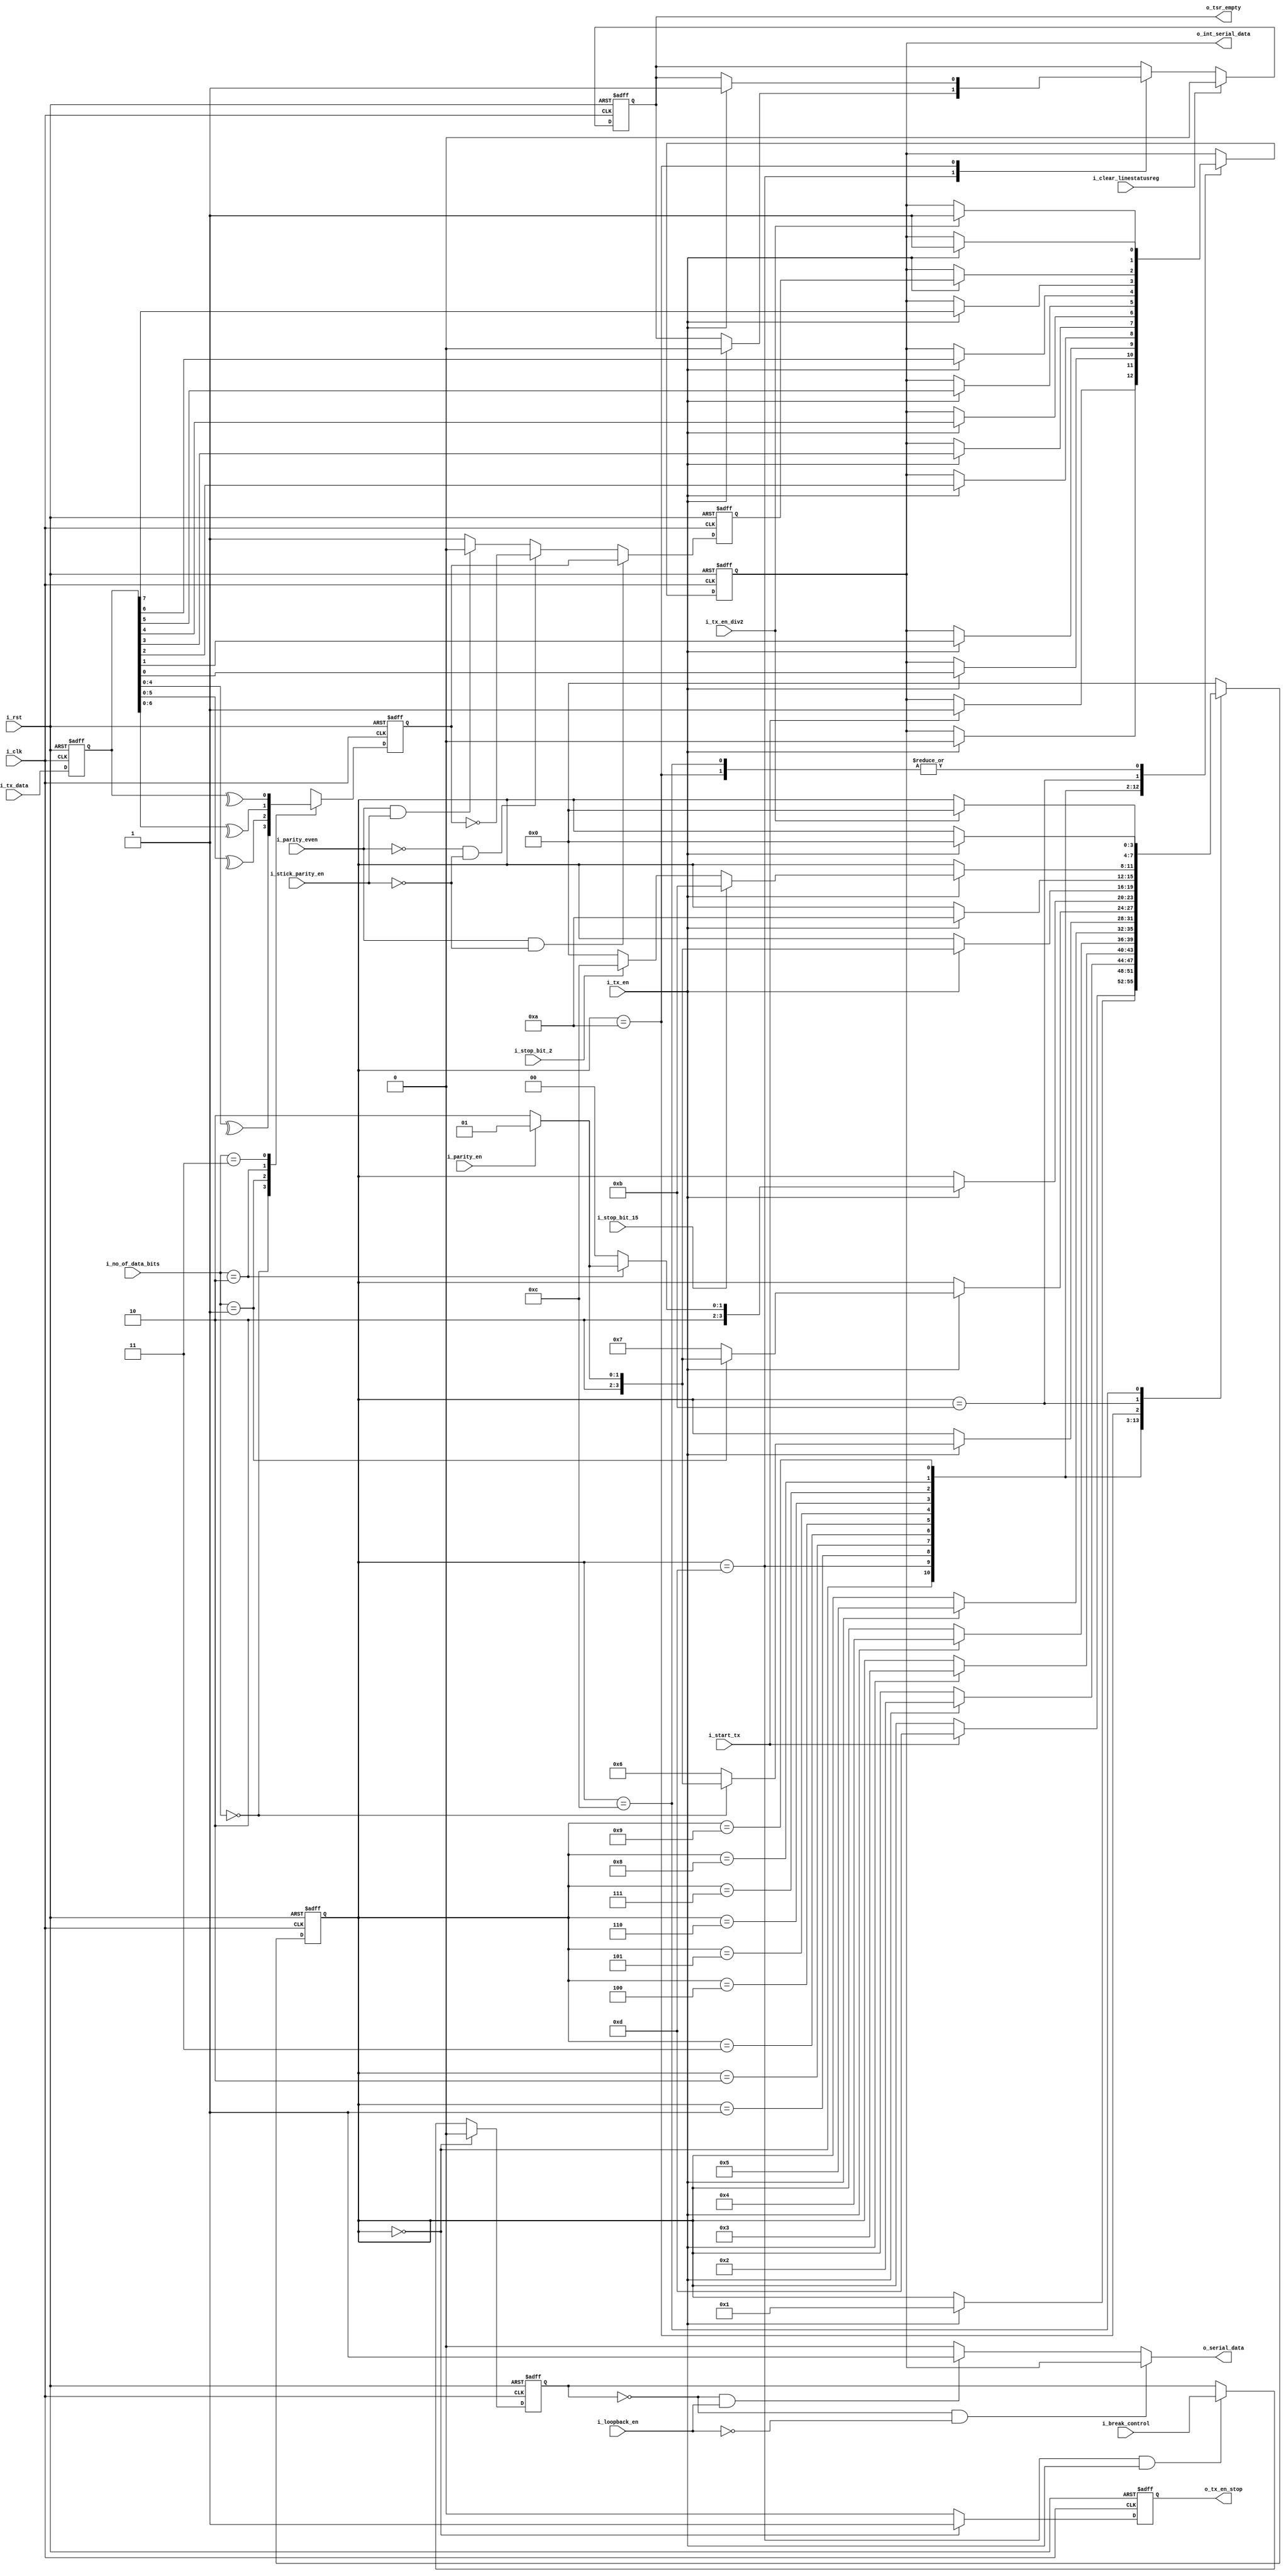
//////////////////////////////////////////////////////////////////////
// @BRIEF: uart_tx_fsm.v
//////////////////////////////////////////////////////////////////////

module uart_tx_fsm(
    // System clock 
    // asynchronous active high reset 
    input wire        i_clk,
    input wire        i_rst,
    //Tx data from CPU    
    input wire [7:0]  i_tx_data,
    //Tx FSM Control signal from Master Controller
    input wire        i_start_tx,
    input wire        i_tx_en,
    input wire        i_tx_en_div2,
    input wire        i_break_control,
    output reg        o_tx_en_stop,
    //Tx configurations from Master Controller       
    input wire        i_loopback_en,
    input wire        i_stop_bit_15,
    input wire        i_stop_bit_2,
    input wire        i_parity_even,
    input wire        i_parity_en,               
    input wire [1:0]  i_no_of_data_bits,  
    input wire        i_stick_parity_en,
    input wire        i_clear_linestatusreg,
    //Transmit shift register empty
    output wire       o_tsr_empty,
    //Int serial data for loopback purpose
    output wire       o_int_serial_data,
    //Serial data out to MODEM    
    output wire       o_serial_data
    );

    parameter [3:0]/*synopsys enum state_info*/ IDLE_STATE        = 4'b0000,
                   START_GEN_STATE   = 4'b1101,
                   Tx_1BIT_STATE     = 4'b0001,
                   Tx_2BIT_STATE     = 4'b0010,
                   Tx_3BIT_STATE     = 4'b0011,
                   Tx_4BIT_STATE     = 4'b0100,
                   Tx_5BIT_STATE     = 4'b0101,
                   Tx_6BIT_STATE     = 4'b0110,
                   Tx_7BIT_STATE     = 4'b0111,
                   Tx_8BIT_STATE     = 4'b1000,
                   ADD_PARITY_STATE  = 4'b1001,
                   STOP_GEN1_STATE   = 4'b1010,
                   STOP_GEN15_STATE  = 4'b1011,
                   STOP_GEN2_STATE   = 4'b1100;
    
    //Internal signals 
    reg [3:0] /*synopsys enum state_info*/  state; /*synopsys enum state_vector state*/
    reg [7:0]                        tx_data;
    reg                              parity_bit;
    reg                              check_bit;
    reg                              serial_data;
    reg                              break_control_en;
    reg                              tsr_empty;
    
    //synchronizer
    always @(posedge i_clk or posedge i_rst) begin
        if(i_rst) begin           
            tx_data         <= 8'b0;
        end else begin
            tx_data         <= i_tx_data;
        end 
    end // always @ (posedge i_clk or posedge i_rst)

    //Transmit Shift register empty signal generation
    assign o_tsr_empty = tsr_empty;

    always @(posedge i_clk or posedge i_rst) begin
        if(i_rst)  begin
            tsr_empty <= 1'b1;
        end else begin
            //Cleared on line status clear request
            if (i_clear_linestatusreg) begin
                tsr_empty <= 1'b0;
            end else begin                
                case(state)
                    //START GEN indicates that TSR is no longer empty
                    START_GEN_STATE :
                        if(i_tx_en)
                            tsr_empty <= 1'b0;
                    //ALL DATA in TSR has been flushed out once STOP GEN state has been reached 
                    STOP_GEN1_STATE :
                        if(i_tx_en)
                            tsr_empty <= 1'b1;
                    default :
                        tsr_empty <= tsr_empty;
                endcase
            end
        end 
    end // always @ (posedge i_clk or posedge i_rst)
    
    ////////////////////////////////////////////////////////////////
    // UART Tx FSM
    ////////////////////////////////////////////////////////////////
    
    always @(posedge i_clk or posedge i_rst) begin
        if(i_rst) begin
            state <= IDLE_STATE; 
            serial_data <= 1'b1;  
        end else begin
            case(state)
                //Wait for i_start_tx signal from UART Master Controller to begin 
                IDLE_STATE   : 
                    if(i_start_tx) begin
                        state <= START_GEN_STATE;
                        serial_data <= 1'b1;
                    end    
                
                START_GEN_STATE :
                    if(i_tx_en) begin
                        state <= Tx_1BIT_STATE;
                        serial_data <= 1'b0;
                    end    
                
                Tx_1BIT_STATE     : 
                    if(i_tx_en) begin
                        state <= Tx_2BIT_STATE;
                        serial_data <= tx_data[0];
                    end                  
                
                Tx_2BIT_STATE     : 
                    if(i_tx_en) begin
                        state <= Tx_3BIT_STATE;
                        serial_data <= tx_data[1];
                    end 
                
                Tx_3BIT_STATE     :
                    if(i_tx_en) begin
                        state <= Tx_4BIT_STATE;
                        serial_data <= tx_data[2];
                    end
                
                Tx_4BIT_STATE     : 
                    if(i_tx_en) begin
                        state <= Tx_5BIT_STATE;
                        serial_data <= tx_data[3];
                    end
                
                //Check for no of bits in operation
                //If 5 bits, then check if parity is required else go to stop state                      
                Tx_5BIT_STATE     :
                    if(i_tx_en) begin
                        serial_data <= tx_data[4];                                      
                        if(i_no_of_data_bits == 2'b00) begin
                            if (i_parity_en) begin
                                state <= ADD_PARITY_STATE;
                            end else begin
                                state <= STOP_GEN1_STATE;
                            end 
                        end else begin
                            state <= Tx_6BIT_STATE;    
                        end
                    end // if (i_tx_en)
                
                //Check for no of bits in operation
                //If 6 bits, then check if parity is required else go to stop state 
                Tx_6BIT_STATE     :
                    if(i_tx_en) begin
                        serial_data <= tx_data[5];                                                                         
                        if(i_no_of_data_bits == 2'b01) begin
                            if (i_parity_en) begin
                                state <= ADD_PARITY_STATE;
                            end else begin
                                state <= STOP_GEN1_STATE;
                            end 
                        end else begin
                            state <= Tx_7BIT_STATE;
                        end
                    end // if (i_tx_en)
                
                //Check for no of bits in operation
                //If 7 bits, then check if parity is required else go to stop state                    
                Tx_7BIT_STATE     :
                    
                    if(i_tx_en) begin
                        serial_data <= tx_data[6];                                                                         
                        if(i_no_of_data_bits == 2'b10) begin
                            if (i_parity_en) begin
                                state <= ADD_PARITY_STATE;
                            end else begin
                                state <= STOP_GEN1_STATE;
                            end 
                        end else begin
                            state <= Tx_8BIT_STATE;                                      
                        end
                    end
                
                //Check if parity is required else go to stop state
                Tx_8BIT_STATE     :
                    if(i_tx_en) begin
                        serial_data <= tx_data[7];
                        if (i_parity_en) begin
                            state <= ADD_PARITY_STATE;
                        end else begin
                            state <= STOP_GEN1_STATE;
                        end
                    end   
                
                ADD_PARITY_STATE  :
                    if(i_tx_en) begin
                        serial_data <= parity_bit;
                        state <= STOP_GEN1_STATE;
                    end     
                
                //Check for no of stop bits required and proceed  
                STOP_GEN1_STATE   :
                    begin
                        if(i_tx_en) begin
                            serial_data <= 1'b1;
                            if (i_stop_bit_15) begin
                                state <= STOP_GEN15_STATE;
                            end else if(i_stop_bit_2) begin
                                state <= STOP_GEN2_STATE;
                            end else begin
                                state <= IDLE_STATE;
                            end
                        end   
                    end // case: STOP_GEN1_STATE
                
                STOP_GEN15_STATE :
                    if(i_tx_en_div2) begin
                        serial_data <= 1'b1;
                        state <= IDLE_STATE;
                    end    
                
                STOP_GEN2_STATE   :
                    if(i_tx_en) begin
                        serial_data <= 1'b1;
                        state <= IDLE_STATE; 
                    end    
                
                default           : 
                    state <= IDLE_STATE; 
                
                
            endcase
        end
    end // always @ (posedge i_clk or posedge i_rst)

    //////////////////////////////////////////////////////////
    //Break enable generation
    /////////////////////////////////////////////////////////
   
    always @(posedge i_clk or posedge i_rst) begin
        if(i_rst) begin
            break_control_en <= 1'b0;
        end else begin
           if(state == IDLE_STATE) begin
               break_control_en <= 1'b0;
            //Break Control is honoured only at the beginning of a fresh transmission
           end else if (state == START_GEN_STATE & i_tx_en) begin
               break_control_en <= i_break_control;
           end
        end // else: !if(i_rst)
    end // always @ (posedge i_clk or posedge i_rst)

    //If Break enabled then o_serial_data is driven Low
    assign o_serial_data = (!break_control_en & !i_loopback_en) ? serial_data :
                           (!break_control_en & i_loopback_en) ? 1'b1 :
                           (break_control_en & !i_loopback_en) ? 1'b0 :
                           1'b0;

    //For loopback purpose
    assign o_int_serial_data = serial_data;
    
    ////////////////////////////////////////////////////////// 
    //Tx enable logic
    //enable stopped when in Idle state and enabled once Tx_start is issued by master controller
    ////////////////////////////////////////////////////////// 
    always @(posedge i_clk or posedge i_rst) begin
        if(i_rst) begin
            o_tx_en_stop  <= 1'b0;
        end else begin
            case (state) 
                IDLE_STATE : begin
                    o_tx_en_stop <= 1'b1;
                end
                default : begin
                    o_tx_en_stop <= 1'b0;
                end
            endcase // case (state)
        end
    end // always @ (posedge i_clk or posedge i_rst)
          
    /////////////////////////////////////////////////////////////////////////////
    // Parity addition logic
    /////////////////////////////////////////////////////////////////////////////
    
    //coverage off
    //Coverage removed as this piece of code was generating very low UDP Expression coverage numbers
    //As its not practical to test XOR operations for all possible combinations of tx_data under different 
    //i_no_of_data_bits, this piece of code has been removed from coverage. 
        
    //Parity calculated using data bits
    always @(posedge i_clk or posedge i_rst)
        begin
            if(i_rst) 
                check_bit <= 1'b0;
            else 
                begin
                  case(i_no_of_data_bits)
                      //5 bit tx data..
                      2'b00 :
                          check_bit <= ^(tx_data[4:0]);
                      //6 bit tx data..
                      2'b01 :
                          check_bit <= ^(tx_data[5:0]);
                      //7 bit tx data..
                      2'b10 :
                          check_bit <= ^(tx_data[6:0]);
                      //8 bit tx data..
                      2'b11 :
                          check_bit <= ^(tx_data);           
                  endcase
                end
        end // always @ (posedge i_clk or posedge i_rst)

    //Coverage switched back on
    //coverage on
    
    //Add parity adding on required message format
    always @(posedge i_clk or posedge i_rst)
        begin
            if(i_rst) begin 
                parity_bit <= 1'b0;
            end else begin
                //Even parity
                if(i_parity_even & !i_stick_parity_en) 
                    parity_bit <= check_bit;
                //Odd parity
                else if(!i_parity_even & !i_stick_parity_en)
                    parity_bit <= !check_bit;
                //Even stick parity
                else if(i_parity_even & i_stick_parity_en)
                    parity_bit <= 1'b0;
                //Odd stick parity
                else 
                    parity_bit <= 1'b1;
            end
        end // always @ (posedge i_clk or posedge start_tx)
    
    //FOR SIMULATION PURPOSE
    

    // Beginning of automatic ASCII enum decoding
    reg [127:0]          state_ASCII;            // Decode of state
    always @(state) begin
        case ({state})
            IDLE_STATE:       state_ASCII = "idle_state      ";
            START_GEN_STATE:  state_ASCII = "start_gen_state ";
            Tx_1BIT_STATE:    state_ASCII = "tx_1bit_state   ";
            Tx_2BIT_STATE:    state_ASCII = "tx_2bit_state   ";
            Tx_3BIT_STATE:    state_ASCII = "tx_3bit_state   ";
            Tx_4BIT_STATE:    state_ASCII = "tx_4bit_state   ";
            Tx_5BIT_STATE:    state_ASCII = "tx_5bit_state   ";
            Tx_6BIT_STATE:    state_ASCII = "tx_6bit_state   ";
            Tx_7BIT_STATE:    state_ASCII = "tx_7bit_state   ";
            Tx_8BIT_STATE:    state_ASCII = "tx_8bit_state   ";
            ADD_PARITY_STATE: state_ASCII = "add_parity_state";
            STOP_GEN1_STATE:  state_ASCII = "stop_gen1_state ";
            STOP_GEN15_STATE: state_ASCII = "stop_gen15_state";
            STOP_GEN2_STATE:  state_ASCII = "stop_gen2_state ";
            default:          state_ASCII = "%Error          ";
        endcase
    end
    // End of automatics


endmodule // uart_tx_fsm